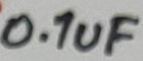
Text: 0.1uF